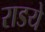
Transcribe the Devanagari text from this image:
राडये